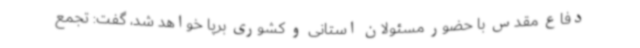
دفاع مقدس با حضور مسئولان استانی و کشوری برپا خواهد شد، گفت: تجمع